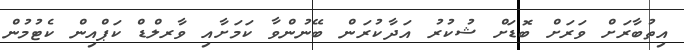
އިތުބާރަށް ވަރަށް ބޮޑަށް ޝުކުރު އަދާކުރަން ބޭނުންވާ ކަމަށާއި ވާރލްޑް ކަޕްއިން ކެޓުމުން